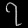
Digit: ၇